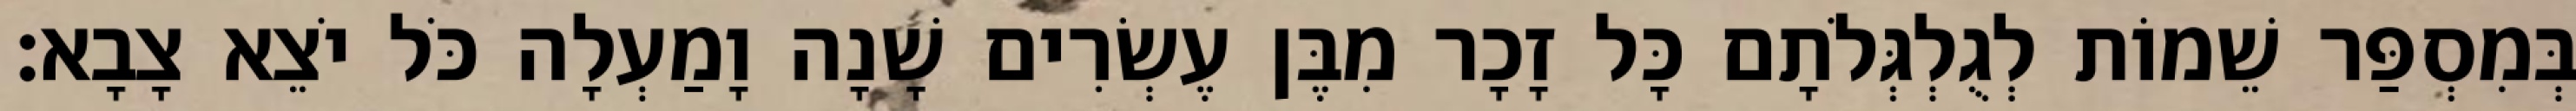
בְּמִסְפַּר שֵׁמוֹת לְגֻלְגְּלֹתָם כָּל זָכָר מִבֶּן עֶשְׂרִים שָׁנָה וָמַעְלָה כֹּל יֹצֵא צָבָא׃